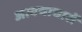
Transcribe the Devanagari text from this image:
अत्यचाचारों